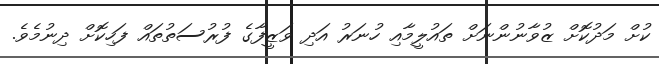
ކުށް މަދުކޮށް ޒުވާނުންނަށް ތައުލީމާއި ހުނަރު އަދި ވަޒީފާގެ ފުރުސަތުތައް ފަހިކޮށް ދިނުމެވެ.